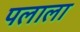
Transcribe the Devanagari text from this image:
पलाला